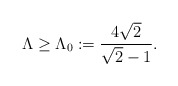
\begin{align*}\Lambda\ge \Lambda_0 := \frac{4 \sqrt{2}}{\sqrt{2}-1} .\end{align*}